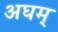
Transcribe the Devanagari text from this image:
अघम्